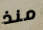
منذ